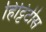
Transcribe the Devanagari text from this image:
हिट्टिटीस